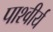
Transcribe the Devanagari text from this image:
पाश्वीर्य